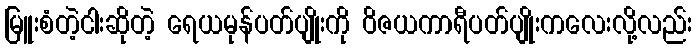
မြူးစံတဲ့ငါးဆိုတဲ့ ရေယမုန်ပတ်ပျိုးကို ဝိဇယကာရီပတ်ပျိုးကလေးလို့လည်း